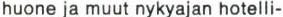
huone ja muut nykyajan hotelli-